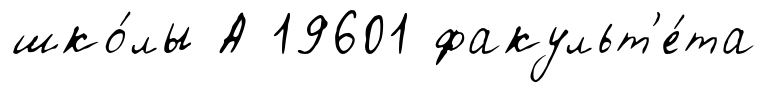
шко́лы А 19601 факульт'е́та